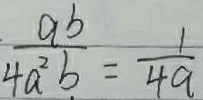
\frac { a b } { 4 a ^ { 2 } b } = \frac { 1 } { 4 a }